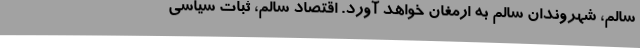
سالم، شهروندانِ سالم به ارمغان خواهد آورد. اقتصادِ سالم، ثبات سیاسی